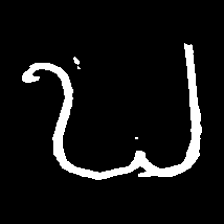
Pyu character \u2014 Myanmar letter: ဎ (romanized: ddha)